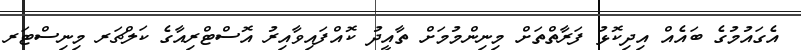
އެގައުމުގެ ބައެއް އިދިކޮޅު ފަރާތްތަށް މިނިންމުމަށް ތާއީދު ކޮއްފައިވާއިރު އޮސްޓްރިއާގެ ކަލްޗަރ މިނިސްޓަރ